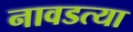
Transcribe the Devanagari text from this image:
नावडत्या